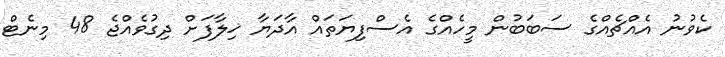
ކެވުނު އެއްޗެއްގެ ސަބަބުން މީހެއްގެ އެސްފިޔަތައް އާދަޔާ ޚިލާފަށް ދިގުވެއްޖެ 48 މިނެޓް